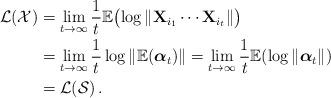
LaTeX: \begin{align*}\mathcal{L}(\mathcal{X})&=\lim_{t\to \infty}\frac{1}{t}\mathbb{E}\bigl(\log \Vert \mathbf{X}_{i_1} \cdots \mathbf{X}_{i_t}\Vert \bigr) \\&=\lim_{t \to \infty} \frac{1}{t} \log \Vert \mathbb{E}(\boldsymbol{\alpha}_t)\Vert=\lim_{t \to \infty} \frac{1}{t} \mathbb{E}(\log \Vert \boldsymbol{\alpha}_t\Vert) \\&=\mathcal{L}(\mathcal{S})\,.\end{align*}